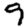
Digit: 9